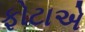
ફોટાએ